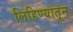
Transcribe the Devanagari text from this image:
लिहिण्यातून